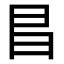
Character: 𫡆